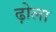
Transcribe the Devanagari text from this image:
ढ़ोला